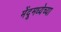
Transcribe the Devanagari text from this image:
मेंदूमध्येच्या